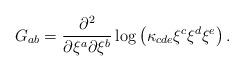
LaTeX: \begin{align*}G_{ab} = \frac{\partial^2}{\partial \xi^a\partial \xi^b}\log\left( \kappa_{cde}\xi^c\xi^d\xi^e\right).\end{align*}